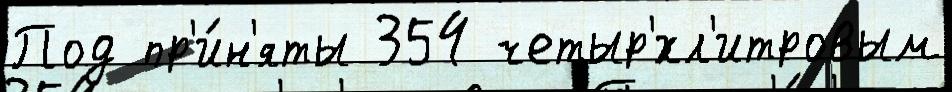
Под пр'и́н'яты 354 четыр'́хл'итровым